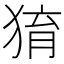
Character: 𤟂